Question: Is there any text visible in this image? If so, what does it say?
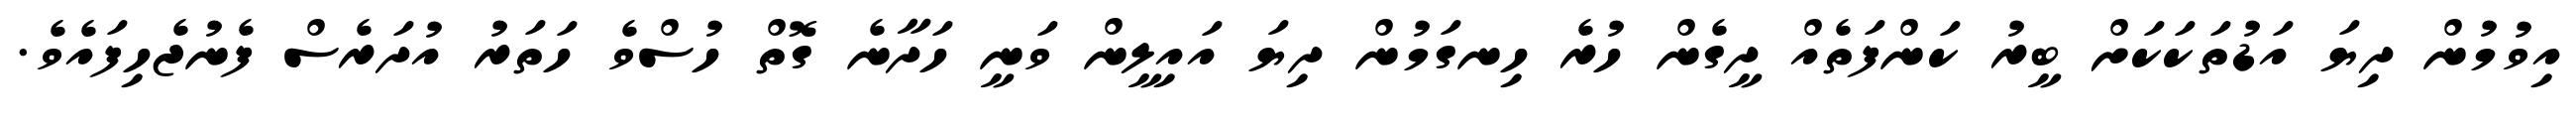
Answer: އިވުމުން ދިޔަ އަޑުތަކަކަށް ބީރު ކަންފަތެއް ދީގެން ހުރެ ހިނގަމުން ދިޔަ އައިލީން ވަނީ ހަދާނެ ގޮތް ހުސްވެ ހަތަރު އުދަރެސް ފެނުޖެހިފައެވެ.